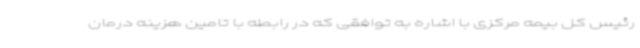
رئیس کل بیمه مرکزی با اشاره به توافقی که در رابطه با تامین هزینه درمان